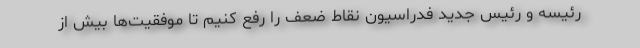
رئیسه و رئیس جدید فدراسیون نقاط ضعف را رفع کنیم تا موفقیت‌ها بیش از